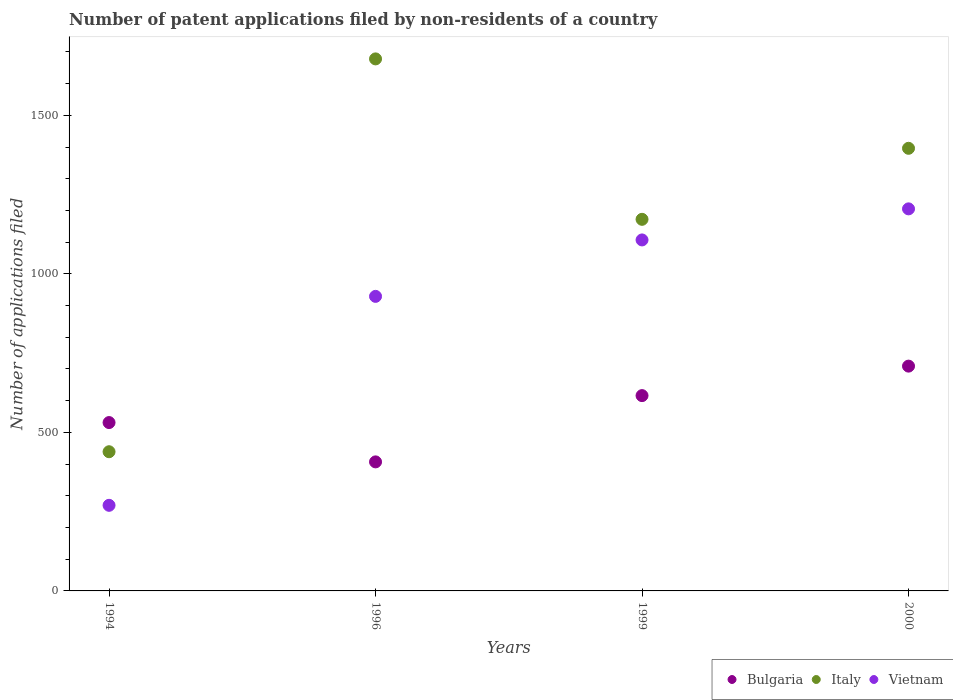
| Years | Bulgaria | Italy | Vietnam |
 | --- | --- | --- | --- |
 | 1994 | 531 | 439 | 270 |
 | 1996 | 407 | 1.68e+03 | 929 |
 | 1999 | 616 | 1.17e+03 | 1.11e+03 |
 | 2000 | 709 | 1.4e+03 | 1.20e+03 |